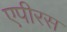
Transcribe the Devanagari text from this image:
एपीरस